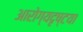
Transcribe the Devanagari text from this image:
आरोग्यदृष्टया